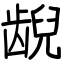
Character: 𫠜